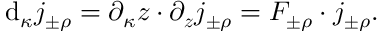
\mathrm { d } _ { \kappa } j _ { \pm \rho } ^ { \mathrm { ~ \, ~ } } = \partial _ { \kappa } \boldsymbol { z } \cdot \partial _ { \boldsymbol { z } } j _ { \pm \rho } ^ { \mathrm { ~ \, ~ } } = F _ { \pm \rho } \cdot j _ { \pm \rho } ^ { \mathrm { ~ \, ~ } } .